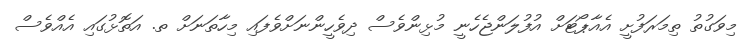
މިވަގުތު ތިމަރަފުށީ އެއާޕޯޓަށް އުފުލަންޖެހެނީ މުޅިންވެސް ދިވެހީންނަށްވެފައި މިހާތަނަށް ތ. އަތޮޅުގައި އެއްވެސް